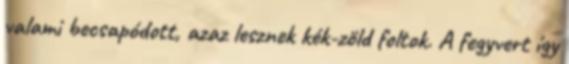
valami becsapódott, azaz lesznek kék-zöld foltok. A fegyvert így